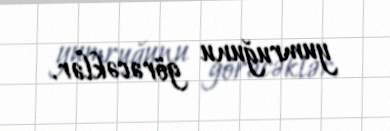
yumruğunu görəcəklər.